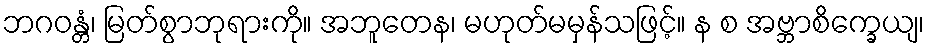
ဘဂဝန္တံ၊ မြတ်စွာဘုရားကို။ အဘူတေန၊ မဟုတ်မမှန်သဖြင့်။ န စ အဗ္ဘာစိက္ခေယျ၊